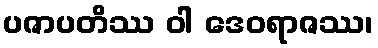
ပဇာပတိဿ ဝါ ဒေဝရာဇဿ၊